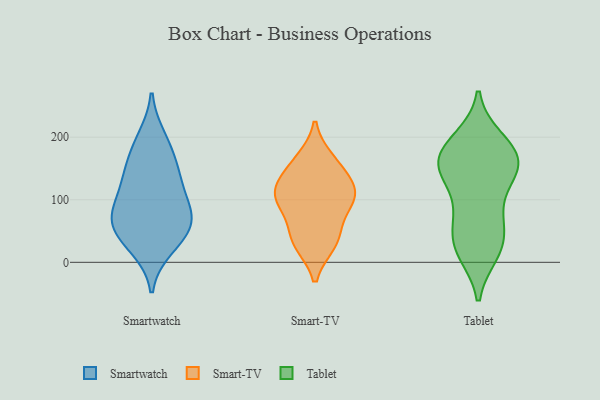
{"axis": {"x": "Page Views", "y": "Value"}, "legend": ["Smart-TV", "Smartwatch", "Tablet"], "data": [{"x": "", "y": 45, "type": "Smartwatch"}, {"x": "", "y": 24, "type": "Smartwatch"}, {"x": "", "y": 42, "type": "Smartwatch"}, {"x": "", "y": 139, "type": "Smartwatch"}, {"x": "", "y": 81, "type": "Smartwatch"}, {"x": "", "y": 179, "type": "Smartwatch"}, {"x": "", "y": 72, "type": "Smartwatch"}, {"x": "", "y": 83, "type": "Smartwatch"}, {"x": "", "y": 143, "type": "Smartwatch"}, {"x": "", "y": 69, "type": "Smartwatch"}, {"x": "", "y": 122, "type": "Smartwatch"}, {"x": "", "y": 198, "type": "Smartwatch"}, {"x": "", "y": 164, "type": "Smart-TV"}, {"x": "", "y": 30, "type": "Smart-TV"}, {"x": "", "y": 44, "type": "Smart-TV"}, {"x": "", "y": 32, "type": "Smart-TV"}, {"x": "", "y": 101, "type": "Smart-TV"}, {"x": "", "y": 108, "type": "Smart-TV"}, {"x": "", "y": 82, "type": "Smart-TV"}, {"x": "", "y": 110, "type": "Smart-TV"}, {"x": "", "y": 156, "type": "Smart-TV"}, {"x": "", "y": 133, "type": "Smart-TV"}, {"x": "", "y": 110, "type": "Smart-TV"}, {"x": "", "y": 145, "type": "Tablet"}, {"x": "", "y": 152, "type": "Tablet"}, {"x": "", "y": 175, "type": "Tablet"}, {"x": "", "y": 154, "type": "Tablet"}, {"x": "", "y": 19, "type": "Tablet"}, {"x": "", "y": 151, "type": "Tablet"}, {"x": "", "y": 197, "type": "Tablet"}, {"x": "", "y": 173, "type": "Tablet"}, {"x": "", "y": 76, "type": "Tablet"}, {"x": "", "y": 29, "type": "Tablet"}, {"x": "", "y": 15, "type": "Tablet"}, {"x": "", "y": 67, "type": "Tablet"}, {"x": "", "y": 180, "type": "Tablet"}, {"x": "", "y": 139, "type": "Tablet"}, {"x": "", "y": 51, "type": "Tablet"}, {"x": "", "y": 143, "type": "Tablet"}, {"x": "", "y": 196, "type": "Tablet"}, {"x": "", "y": 20, "type": "Tablet"}, {"x": "", "y": 92, "type": "Tablet"}]}